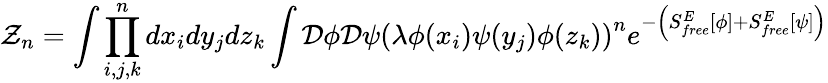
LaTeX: {\cal Z}_{n}=\int\prod_{i,j,k}^{n}dx_{i}dy_{j}dz_{k}\int{\cal D}\phi{\cal D}\psi\left(\lambda\phi(x_{i})\psi(y_{j})\phi(z_{k})\right)^{n}e^{-\left(S_{free}^{E}\left[\phi\right]+S_{free}^{E}\left[\psi\right]\right)}